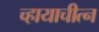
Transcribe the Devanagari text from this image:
च्हायाचीत्न